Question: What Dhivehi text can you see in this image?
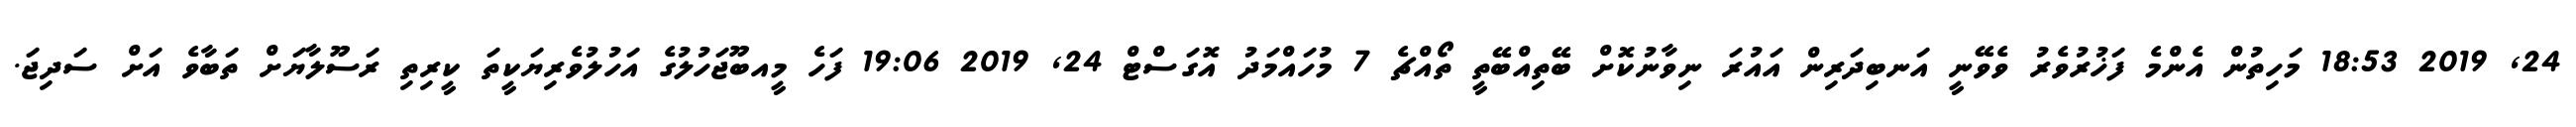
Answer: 24, 2019 18:53 މަހިތުން އެންމެ ފަޚުރުވެރު ވެވޭނީ އަނބިދަރިން އައުރަ ނިވާނުކޮށް ބޭތިއްބޭތީ ތޯއްޗެ 7 މުހައްމަދު އޮގަސްޓް 24, 2019 19:06 ފަހެ މީއބޫޖަހުލުގެ އަހުލުވެރިޔަކީތަ ކީރިތި ރަސޫލާޔަށް ތަބާވެ އަށް ސަދިޖަ.